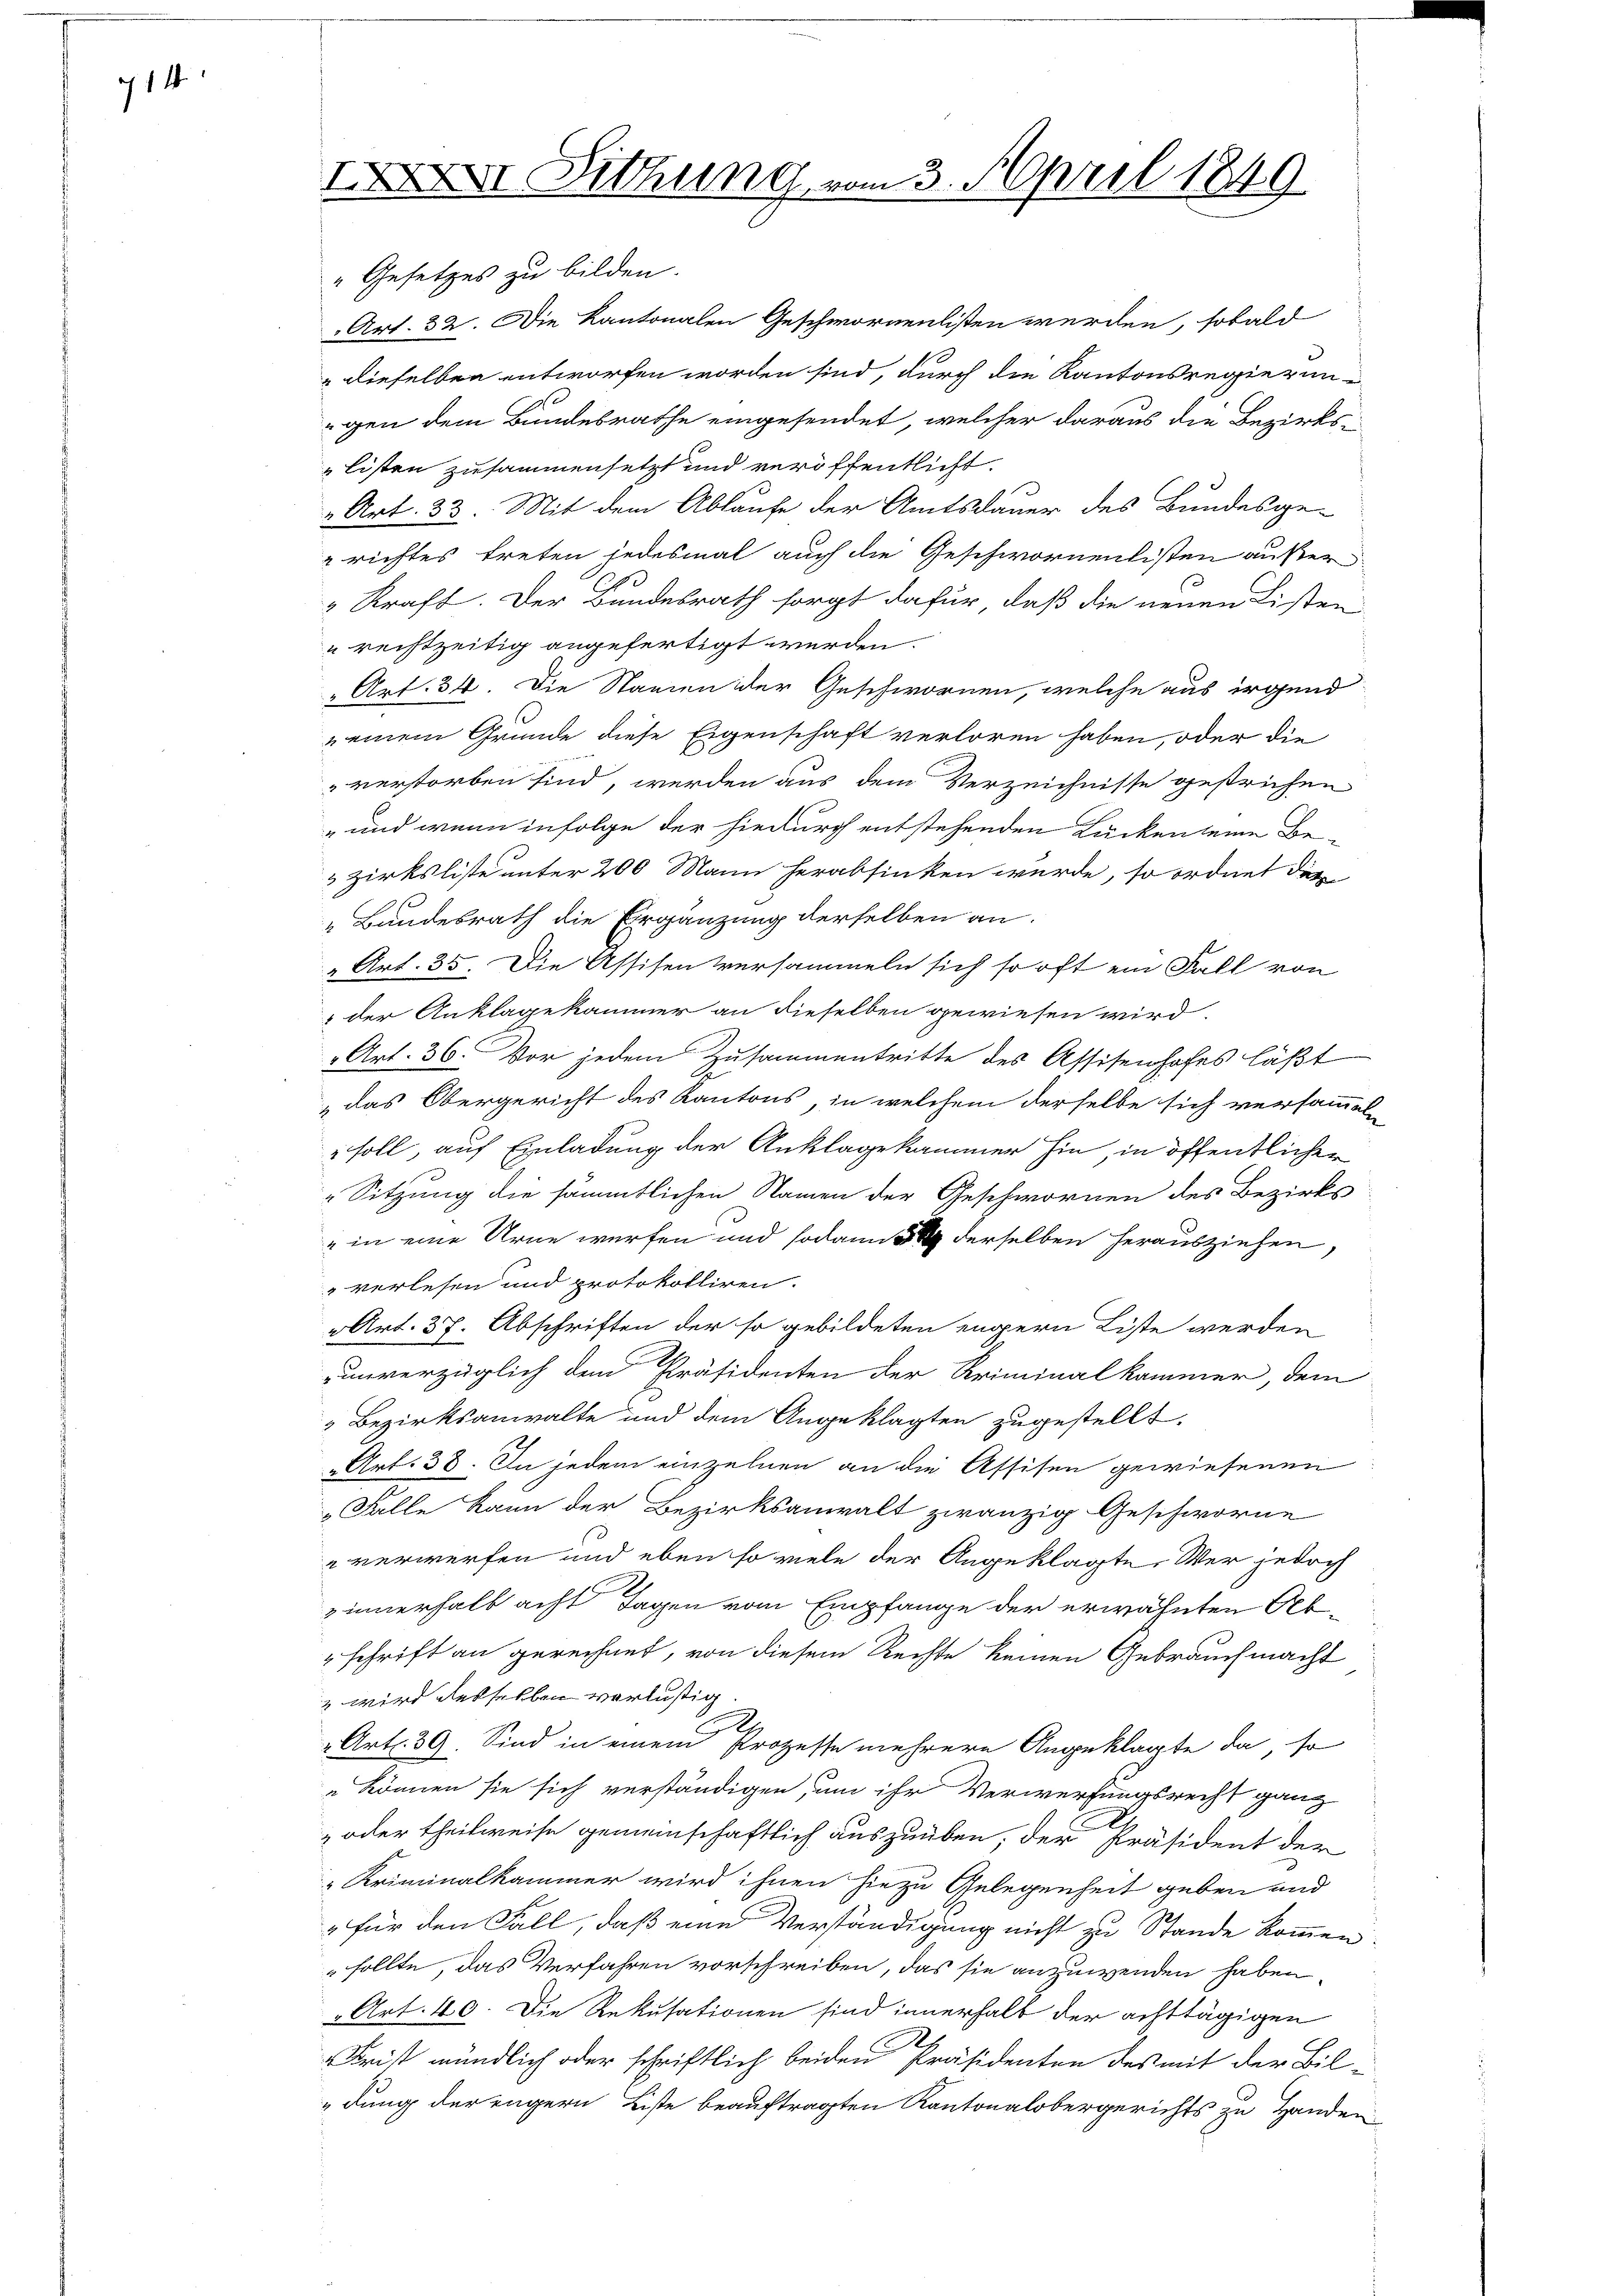
14

IXXVI Sitzung von

"Gesetzes zu bilden.
Art. 32. Die Kantonalen Geschwornenlisten werden, sobald
" dieselben entworfen worden sind, durch die Kantonsregierun
gen dem Bundesrathe eingesendet, welcher daraus die Bezirks-
listen zusammensetzt und veröffentlicht.
„Art. 33. Mit dem Ablaufe der Amtsdauer des Bundesge¬
 richtes treten jedesmal auch die Geschwornenlisten außer¬
2 Kraft. Der Bundesrath sorgt dafür, daß die neuen Listen
u rechtzeitig angefertigt werden.
" Art. 34. Die Staaten der Geschwornen, welche aus irgend
 einem Grunde diese Eigenschaft verloren haben, oder die
" verstorben sind, werden aus dem Verzeichnisse gestrichen
" und wenn infolge der hiedurch entstehenden Lücken seine Be¬
& zirksliste unter 200 Mann herabsinken wurde, so ordnet dies
„Bundesrath die Ergänzung derselben an¬
 Art. 35. Die Assisen versammeln sich so oft ein Fall von
 der Anklagekammer an dieselben gewiesen wird.
Art. 36. Vor jedem Zusammentritte des Assisenhofes läßt
„das Obergericht des Kantons, in welchem derselbe sich versammeln
" soll, auf Einladung der Anklagekammer hin, in öffentlichen
Sitzung die sämmtlichen Namen der Geschwornen des Bezirks
" in eine Urne werfen und sodann   derselben herausziehen,
" verlesen und protokolliren.
Art. 37. Abschriften der so gebildeten engern Liste werden
unverzüglich dem Präsidenten der Kriminalkammer, dem
 Bezirksanwalte und dem Angeklagten zugestellt.
Art. 38. In jedem einzelnen an die Assisen gewiesenen
 Falle kann der Bezirksanwalt zwanzig Geschworne
 verwerfen und eben so viele der Angeklagte, Wer jedoch
zinnerhalb acht Tagen vom Empfange der erwähnten Ab¬
" schrift an gerechnet, von diesem Rechte keinen Gebrauch macht
2 wird desselben verlustig.
2 Art. 39. Sind in einem Prozesse mehrere Angeklagte da, so
 können sie sich verständigen, um ihr Verwerfungsrecht ganz
z oder theilweise gemeinschaftlich auszuüben, der Präsident der
"Kriminalkammer wird ihnen hiezu Gelegenheit geben und
" für den Fall, daß eine Verständigung nicht zu Stande kommen.
sollte, das Verfahren vorschreiben, das sie anzuwenden haben.
Art. 40. Die Rekusationen sind innerhalb der achttägigen
Frist mündlich oder schriftlich beiden Präsidenten des mit der Bildung der engern Liste beauftragten Kantonalbergerichts zu Handen

23. April 1849